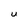
Character: l